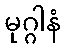
မုဂ္ဂါနံ